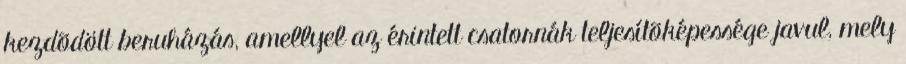
kezdõdött beruházás, amellyel az érintett csatornák teljesítõképessége javul, mely